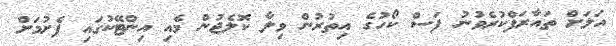
އަލަށް ތައާރަފްކުރެވުނު ފަސް ކޯހުގެ އިތުރުން ވިލާ ކޮލެޖުން މެއި އިންޓޭކުގައި ފެށުމަށް